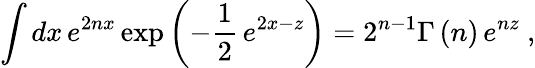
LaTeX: \int dx\, e^{2nx}\exp\left(-\frac{1}{2}\, e^{2x-z}\right)=2^{n-1}\Gamma\left(n\right)\, e^{nz}~,